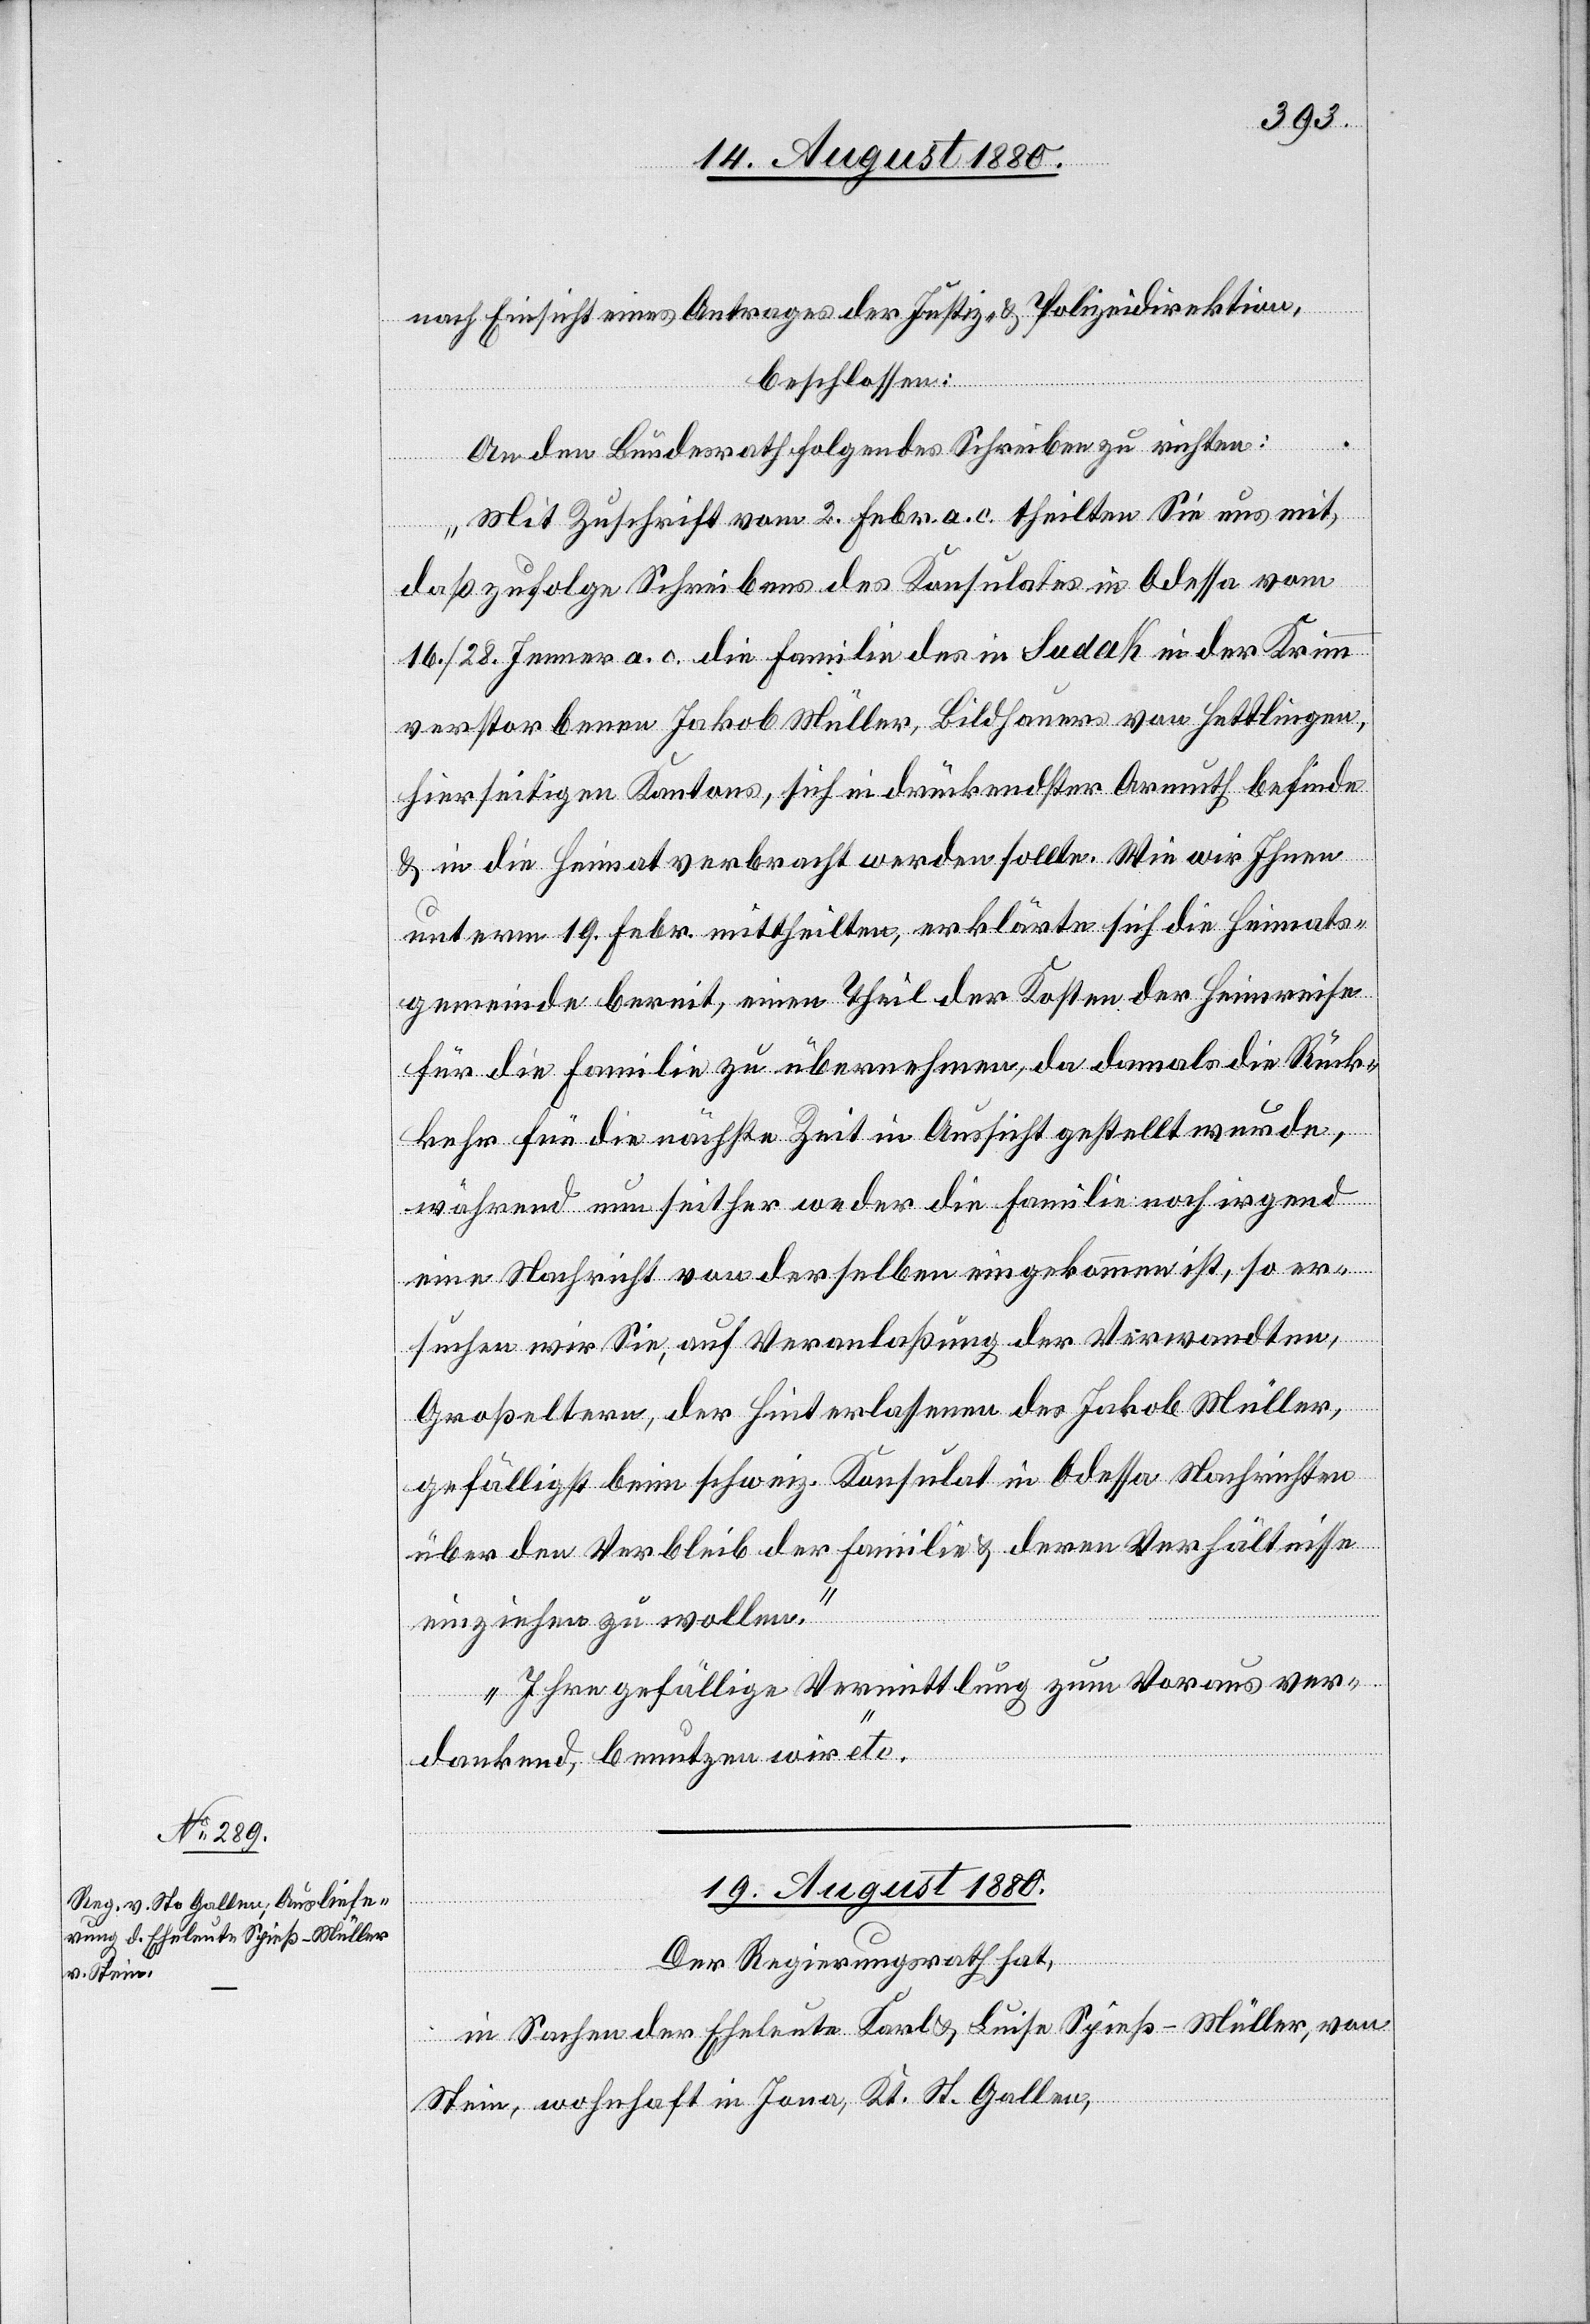
nach Einsicht eines Antrages der Justiz- & Polizeidirektion,
beschlossen:
An den Bundesrath folgendes Schreiben zu richten:
„Mit Zuschrift vom 2. Febr. a. c. theilten Sie uns mit,
daß zufolge Schreibens des Konsulates in Odessa vom
16. / 28. Jenner a. c. die Familie des in Sudak in der Krimm
verstorbenen Jakob Müller, Bildhauer von Hettlingen
hierseitigen Kantons, sich in drückendster Armuth befinde
& in die Heimat verbracht werden sollte. Wie wir Ihnen
unterm 19. Febr. mittheilten, erklärte sich die Heimats¬
gemeinde bereit, einen Theil der Kosten der Heimreise
für die Familie zu übernehmen, da damals die Rück¬
kehr für die nächste Zeit in Aussicht gestellt wurde,
während nun seither weder die Familie noch irgend
eine Nachricht von derselben eingekommen ist, so er¬
suchen wir Sie, auf Veranlaßung der Verwandten,
Großeltern, der Hinterlassenen des Jakob Müller
gefälligst beim schweiz. Konsulat in Odessa Nachrichten
über den Verbleib der Familie & deren Verhältnisse
einziehen zu wollen.
Ihre gefällige Vermittlung zum Voraus ver¬
dankend, benutzen wir“ etc.
19. August 1880.
Der Regierungsrath hat,
in Sachen der Eheleute Karl & Luise Spieß-Müller, von
Stein, wohnhaft in Jona, Kt. St. Gallen,